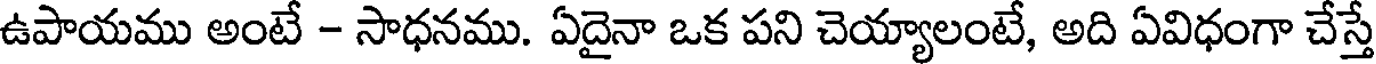
ఉపాయము అంటే - సాధనము. ఏదైనా ఒక పని చెయ్యాలంటే, అది ఏవిధంగా చేస్తే